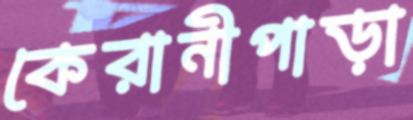
কেরানীপাড়া